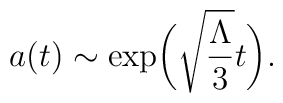
a(t)\sim\exp\biggl(\sqrt{\frac{\Lambda}{3}}t\biggr).